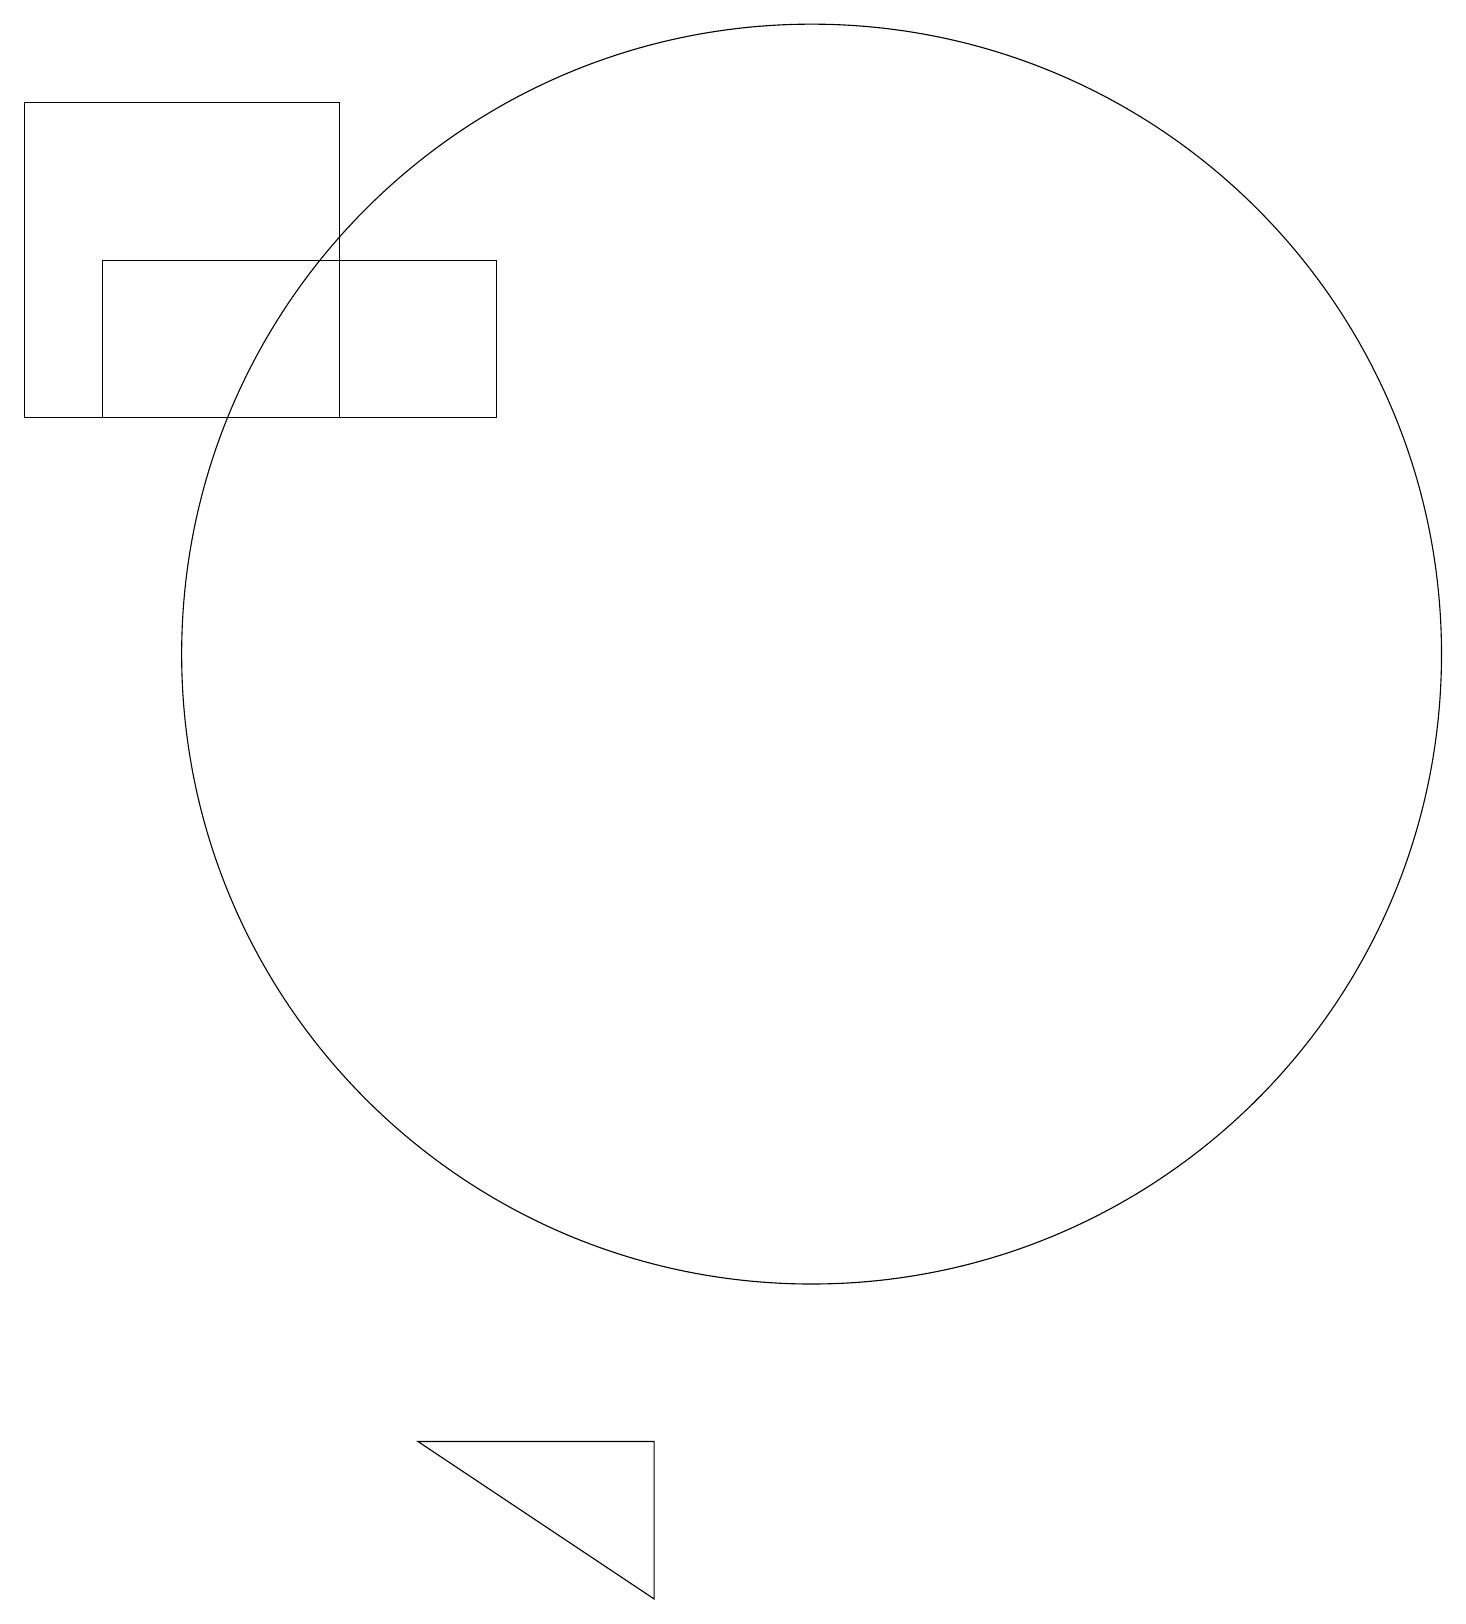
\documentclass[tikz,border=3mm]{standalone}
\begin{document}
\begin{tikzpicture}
\draw (4,15) rectangle (0,19);
\draw (5,2) -- (8,0) -- (8,2) -- cycle;
\draw (6,17) rectangle (1,15);
\draw (10,12) circle (8);
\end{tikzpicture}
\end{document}